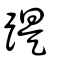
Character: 踶